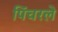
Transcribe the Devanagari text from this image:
पिंचरले